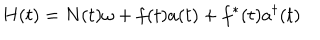
H ( t ) = N ( t ) \omega + f ( t ) a ( t ) + f ^ { * } ( t ) a ^ { \dagger } ( t )